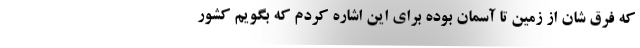
که فرق شان از زمین تا آسمان بوده برای این اشاره کردم که بگویم کشور